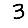
Digit: 3